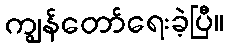
ကျွန်တော်ရေးခဲ့ပြီ။